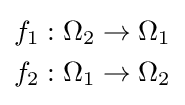
{\begin{aligned}f_{1}:\Omega _{2}\to \Omega _{1}\\f_{2}:\Omega _{1}\to \Omega _{2}\end{aligned}}